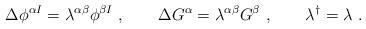
LaTeX: \begin{align*}\Delta \phi ^{ \alpha I} = \lambda^{\alpha \beta} \phi^{ \beta I}\ , \qquad\Delta G^\alpha = \lambda^{\alpha \beta}G^\beta\ , \qquad \lambda^\dagger = \lambda \ .\end{align*}